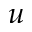
{ \boldsymbol u }